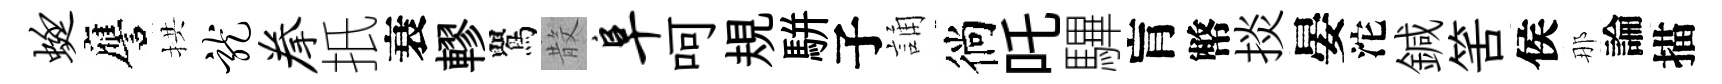
蜓譍拱龙拳扺衰轇鸎𣪚阜呵規駢子誦徜吒驆肓幣掞晏沱鍼筈侯那論描